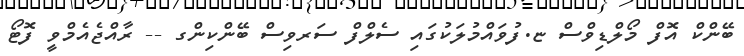
ބޭންކް އޮފް މޯލްޑިވްސް ޏ.ފުވައްމުލަކުގައި ސެލްފް ސަރވިސް ބޭންކިންގ -- ރާއްޖެއެމްވީ ފޮޓޯ